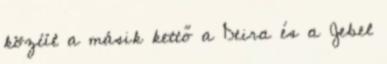
közül a másik kettő a Deira és a Jebel